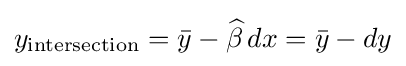
y_{\rm {intersection}}={\bar {y}}-{\widehat {\beta }}\,dx={\bar {y}}-dy